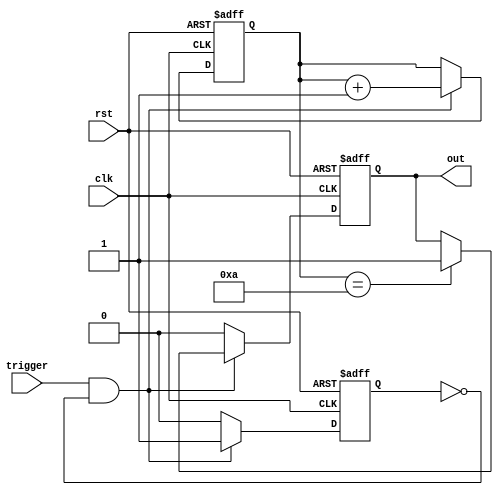
module one_shot_timer (
  input wire clk,
  input wire rst,
  input wire trigger,
  output wire out
);

reg [7:0] counter;
reg trigger_edge, compare;
reg [7:0] delay_value = 8'd10;

always @(posedge clk or posedge rst) begin
  if (rst) begin
    counter <= 8'd0;
    trigger_edge <= 1'b0;
    compare <= 1'b0;
  end else begin
    if (trigger && !trigger_edge) begin
      trigger_edge <= 1'b1;
      counter <= counter + 1;
      if (counter == delay_value) begin
        compare <= 1'b1;
      end
    end else begin
      trigger_edge <= 1'b0;
      compare <= 1'b0;
    end
  end
end

assign out = compare;

endmodule